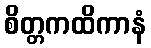
စိတ္တကထိကာနံ